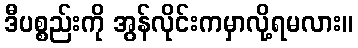
ဒီပစ္စည်းကို အွန်လိုင်းကမှာလို့ရမလား။